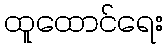
ထူထောင်ရေး